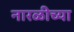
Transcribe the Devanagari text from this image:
नारळीच्या